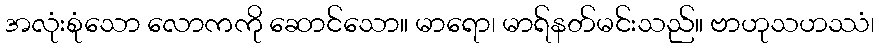
အလုံးစုံသော လောကကို ဆောင်သော။ မာရော၊ မာရ်နတ်မင်းသည်။ ဗာဟုသဟဿံ၊